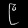
Digit: ၉